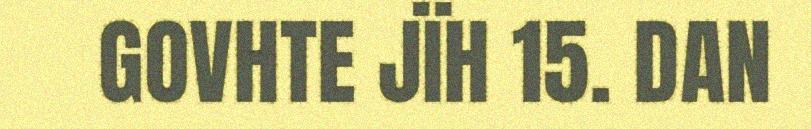
GOVHTE JÏH 15. DAN